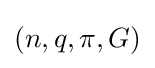
(n,q,\pi ,G)